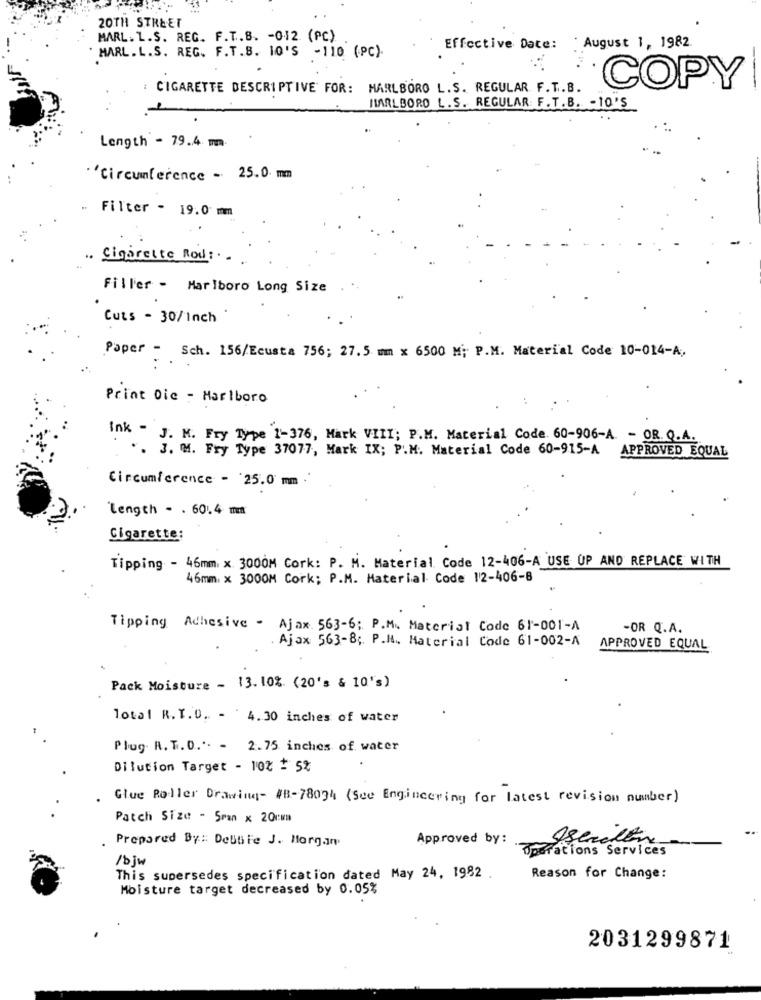
20TH STREET
MARL.L.S. REG. F.T.B. - 0.12 (PC).
Effective Date:
August 1, 1982.
' MARL. L.S. REG. F.T.S. 10'S -110 (PC).
: CIGARETTE DESCRIPTIVE FOR: MARLBORO L.S. REGULAR F. T.B.
COPY
MARLBORO L.S. REGULAR: F. T.B. - 10'S
Length - 79.4 m.
"Circumference - 25.0 mm
Filter - 19.0 mm
.. Cigarette Rou :..
Filler - Marlboro Long Size
Cuts - 30/Inch
Paper - Sch. 156/Ecusta 756; 27.5 mm x 6500 M; P.M. Material Code 10-014-A,
Print Die - Marlboro
ink - J. M. Fry Type 1-376, Mark VIII; P.M. Material Code. 60-906-A. - OR. Q.A.
". J. MM. Fry Type 37077, Mark IX; P.M. Material Code 60-915-A APPROVED EQUAL
Circumference - '25.0 mm.
Length - . 60.4 mm
Cigarette:
Tipping - 46mm x 3000M Cork: P. M. Material Code 12-406-A USE UP AND REPLACE WITH
46mm x 3000M Cork; P.M. Material Code 12-406-8
Tipping Adhesive - Ajax 563-6; P.M. Material Code 61-001-A
-OR Q.A.
. Ajax 563-84. P.H. Material Code 61-002-A
APPROVED EQUAL
Pack Moisture - 13. 10%. (20's & 10's)
Total R.T.D. - 4.30 inches of water
Plug. R. T.O.' - 2.75 inches of water
Dilution Target - 10% + 5%
Glue Roller Drawing- #8-78034 (See Engineering for latest revision number)
Patch Size - Sran x 20cm
Prepared By: Debbie J. Horgan
Approved by:
Operations Services
/bju
This supersedes specification dated May 24, 1982 .
Reason for Change:
Moisture target decreased by 0.05%
2031299871